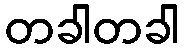
တခါတခါ